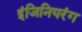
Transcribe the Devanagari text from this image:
इंजिनियरंग